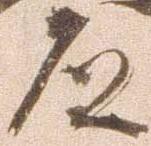
道